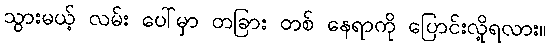
သွားမယ့် လမ်း ပေါ်မှာ တခြား တစ် နေရာကို ပြောင်းလို့ရလား။